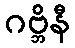
ဂဗ္ဘိနီ